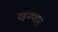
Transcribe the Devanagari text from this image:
व्हण्णार